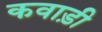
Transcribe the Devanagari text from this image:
कवाड़ी